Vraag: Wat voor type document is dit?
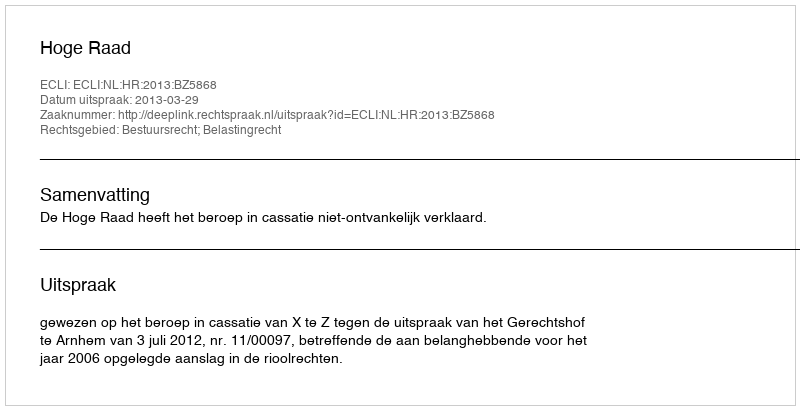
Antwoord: Uitspraak